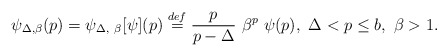
\begin{align*} \psi_{\Delta, \beta}(p) = \psi_{\Delta, \ \beta}[\psi](p) \stackrel{def}{=} \frac{p}{p - \Delta} \ \beta^p \ \psi(p), \ \Delta < p \le b, \ \beta > 1.\end{align*}